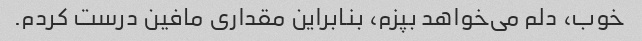
خوب، دلم می‌خواهد بپزم، بنابراین مقداری مافین درست کردم.